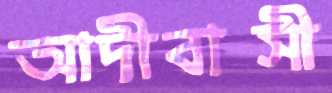
আদীবাসী